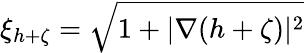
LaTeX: \xi_{h+\zeta}=\sqrt{1+|\nabla(h+\zeta)|^{2}}